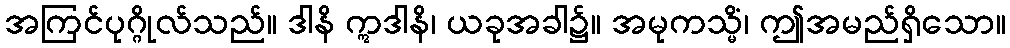
အကြင်ပုဂ္ဂိုလ်သည်။ ဒါနိ ဣဒါနိ၊ ယခုအခါ၌။ အမုကသ္မိံ၊ ဤအမည်ရှိသော။